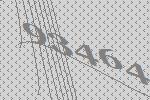
93464